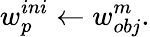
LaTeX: w_{p}^{ini}\leftarrow w_{obj}^{m}.